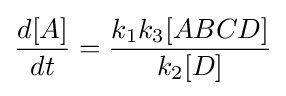
{\frac {d[A]}{dt}}={\frac {k_{1}k_{3}[ABCD]}{k_{2}[D]}}